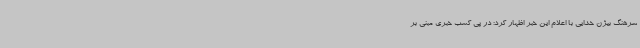
سرهنگ بیژن خدایی با اعلام این خبر اظهار کرد: در پی کسب خبری مبنی بر